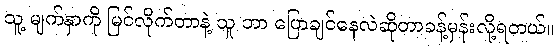
သူ့ မျက်နှာကို မြင်လိုက်တာနဲ့ သူ ဘာ ပြောချင်နေလဲဆိုတာခန့်မှန်းလို့ရတယ်။